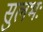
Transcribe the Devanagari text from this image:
सुलभः